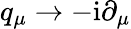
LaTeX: q_{\mu}\rightarrow-\mathrm{i}\partial_{\mu}